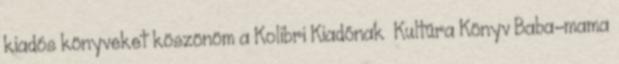
kiadós könyveket köszönöm a Kolibri Kiadónak Kultúra Könyv Baba-mama